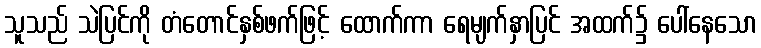
သူသည် သဲပြင်ကို တံတောင်နှစ်ဖက်ဖြင့် ထောက်ကာ ရေမျက်နှာပြင် အထက်၌ ပေါ်နေသော